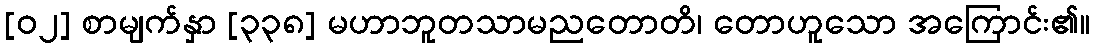
[၀၂] စာမျက်နှာ [၃၃၈] မဟာဘူတသာမညတောတိ၊ တောဟူသော အကြောင်း၏။